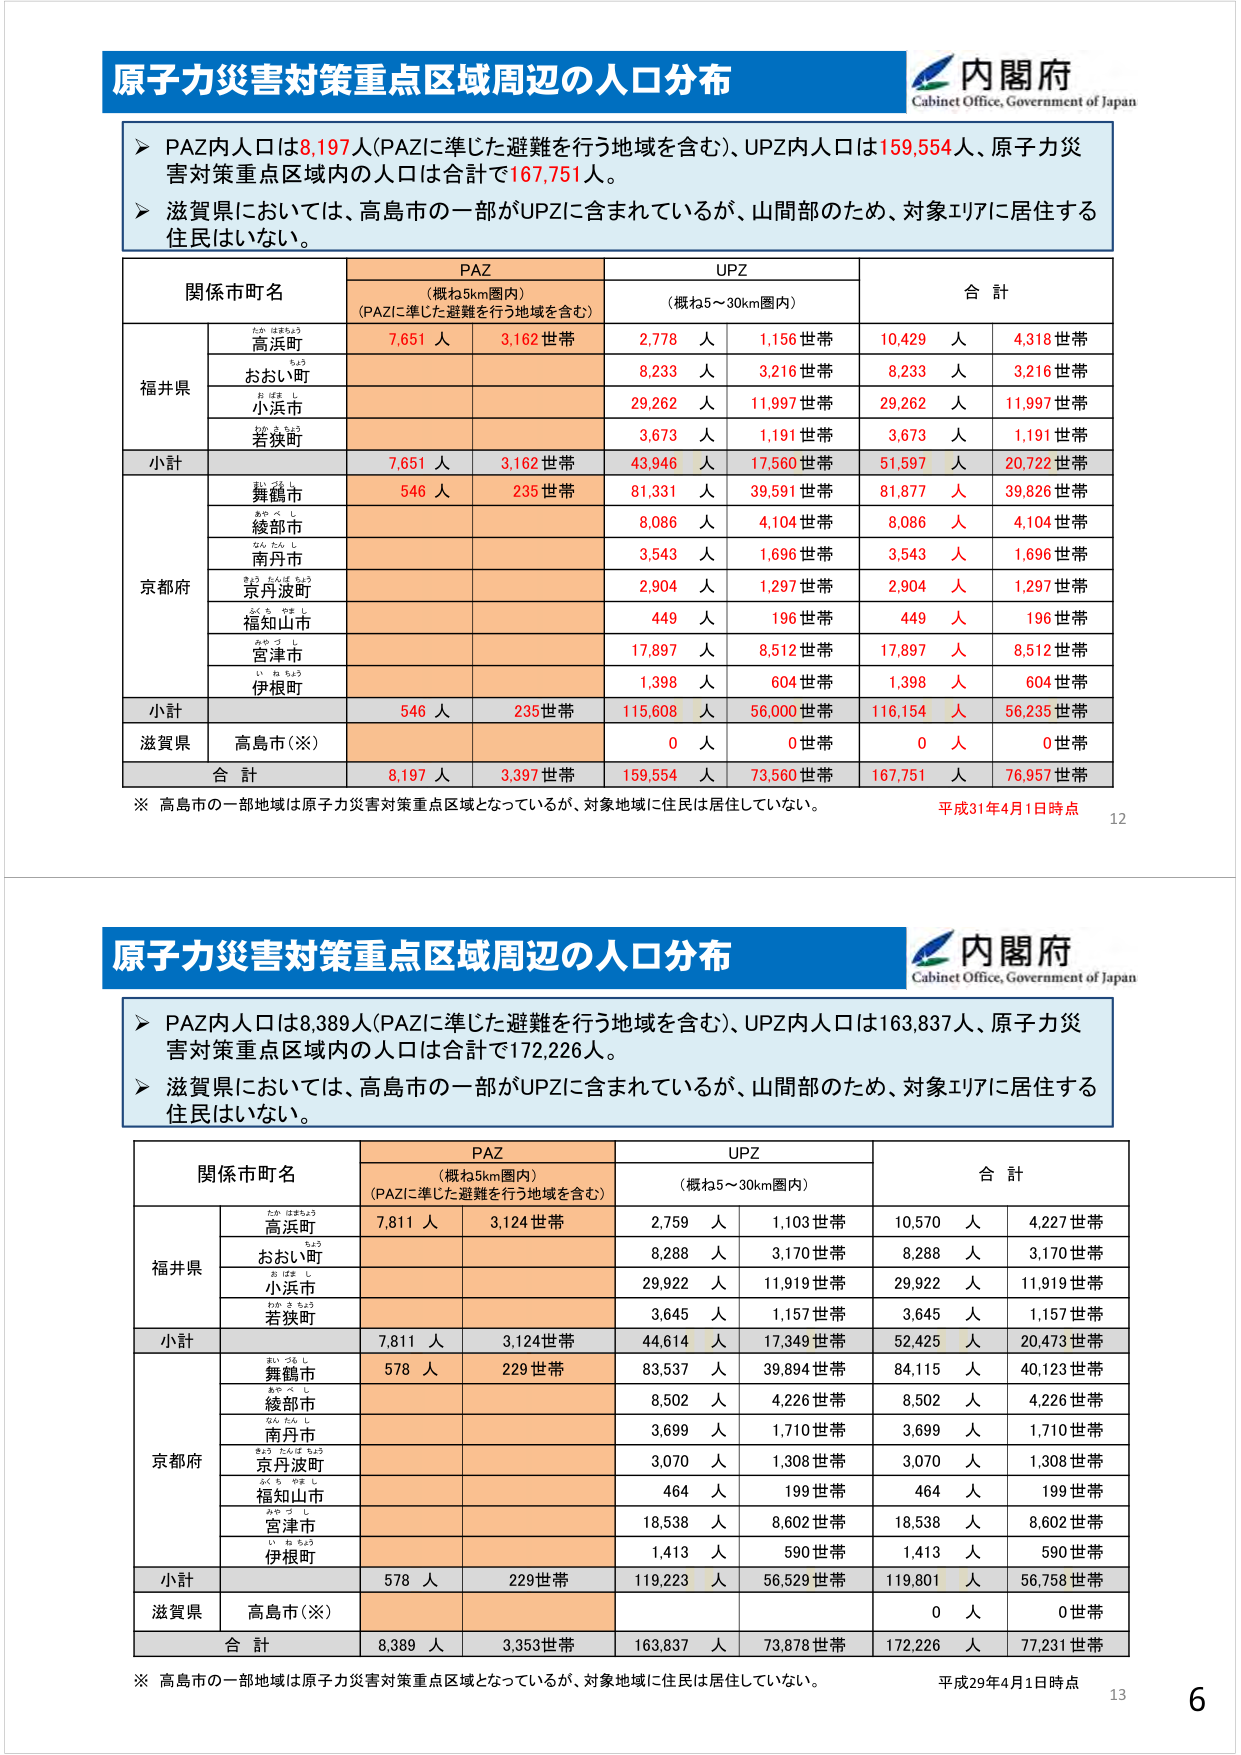
原子力災害対策重点区域周辺の人口分布
内閣府
Cabinet Office, Government of Japan
▶ PAZ内人口は8,197人(PAZに準じた避難を行う地域を含む)、UPZ内人口は159,554人、原子力災害対策重点区域内の人口は合計で167,751人。
▶ 滋賀県においては、高島市の一部がUPZに含まれているが、山間部のため、対象エリアに居住する住民はいない。
関係市町名
PAZ
(概ね5km圏内)
(PAZに準じた避難を行う地域を含む)
UPZ
(概ね5～30km圏内)
合計
福井県
高浜町
7,651 人
3,162 世帯
2,778 人
1,156 世帯
10,429 人
4,318 世帯
おおい町
8,233 人
3,216 世帯
8,233 人
3,216 世帯
小浜市
29,262 人
11,997 世帯
29,262 人
11,997 世帯
若狭町
3,673 人
1,191 世帯
3,673 人
1,191 世帯
小計
7,651 人
3,162 世帯
43,946 人
17,560 世帯
51,597 人
20,722 世帯
京都府
舞鶴市
546 人
235 世帯
81,331 人
39,591 世帯
81,877 人
39,826 世帯
綾部市
8,086 人
4,104 世帯
8,086 人
4,104 世帯
南丹市
3,543 人
1,696 世帯
3,543 人
1,696 世帯
京丹波町
2,904 人
1,297 世帯
2,904 人
1,297 世帯
福知山市
449 人
196 世帯
449 人
196 世帯
宮津市
17,897 人
8,512 世帯
17,897 人
8,512 世帯
伊根町
1,398 人
604 世帯
1,398 人
604 世帯
小計
546 人
235 世帯
115,608 人
56,000 世帯
116,154 人
56,235 世帯
滋賀県
高島市(※)
0 人
0 世帯
0 人
0 世帯
合計
8,197 人
3,397 世帯
159,554 人
73,560 世帯
167,751 人
76,957 世帯
※ 高島市の一部地域は原子力災害対策重点区域となっているが、対象地域に住民は居住していない。
平成31年4月1日時点
12
原子力災害対策重点区域周辺の人口分布
内閣府
Cabinet Office, Government of Japan
▶ PAZ内人口は8,389人(PAZに準じた避難を行う地域を含む)、UPZ内人口は163,837人、原子力災害対策重点区域内の人口は合計で172,226人。
▶ 滋賀県においては、高島市の一部がUPZに含まれているが、山間部のため、対象エリアに居住する住民はいない。
関係市町名
PAZ
(概ね5km圏内)
(PAZに準じた避難を行う地域を含む)
UPZ
(概ね5～30km圏内)
合計
福井県
高浜町
7,811 人
3,124 世帯
2,759 人
1,103 世帯
10,570 人
4,227 世帯
おおい町
8,288 人
3,170 世帯
8,288 人
3,170 世帯
小浜市
29,922 人
11,919 世帯
29,922 人
11,919 世帯
若狭町
3,645 人
1,157 世帯
3,645 人
1,157 世帯
小計
7,811 人
3,124 世帯
44,614 人
17,349 世帯
52,425 人
20,473 世帯
京都府
舞鶴市
578 人
229 世帯
83,537 人
39,894 世帯
84,115 人
40,123 世帯
綾部市
8,502 人
4,226 世帯
8,502 人
4,226 世帯
南丹市
3,699 人
1,710 世帯
3,699 人
1,710 世帯
京丹波町
3,070 人
1,308 世帯
3,070 人
1,308 世帯
福知山市
464 人
199 世帯
464 人
199 世帯
宮津市
18,538 人
8,602 世帯
18,538 人
8,602 世帯
伊根町
1,413 人
590 世帯
1,413 人
590 世帯
小計
578 人
229 世帯
119,223 人
56,529 世帯
119,801 人
56,758 世帯
滋賀県
高島市(※)
0 人
0 世帯
合計
8,389 人
3,353 世帯
163,837 人
73,878 世帯
172,226 人
77,231 世帯
※ 高島市の一部地域は原子力災害対策重点区域となっているが、対象地域に住民は居住していない。
平成29年4月1日時点
13
6